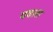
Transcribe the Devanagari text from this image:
पवला